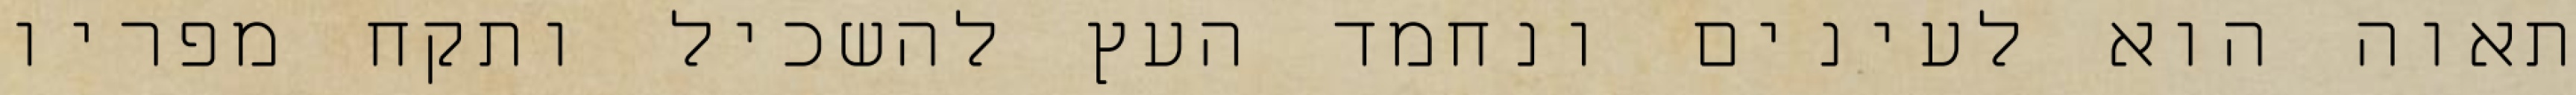
תאוה הוא לעינים ונחמד העץ להשכיל ותקח מפריו